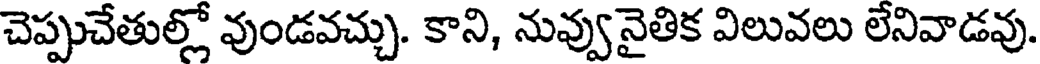
చెప్పుచేతుల్లో వుండవచ్చు. కాని, నువ్వునైతిక విలువలు లేనివాడవు